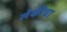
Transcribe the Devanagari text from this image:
लेकीचा